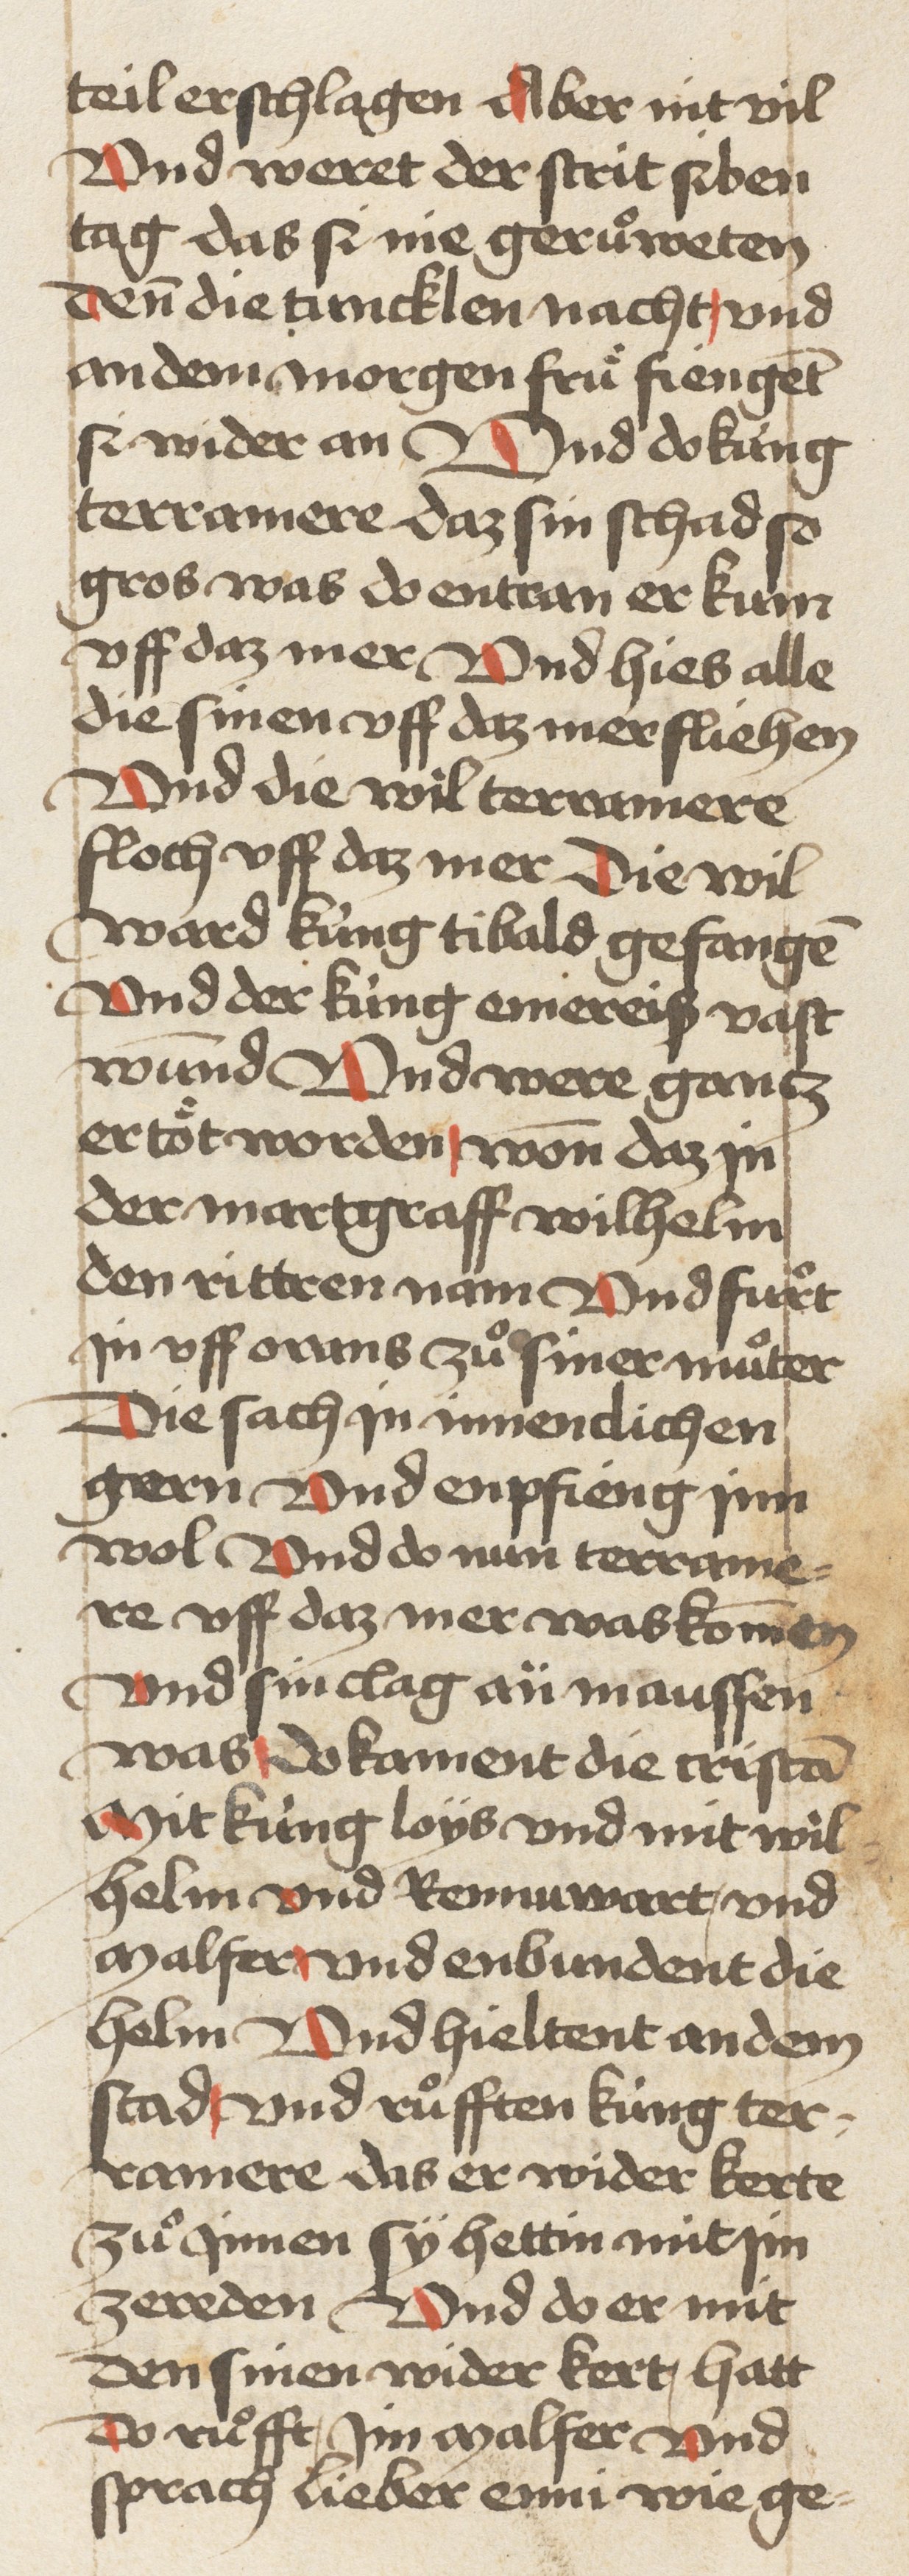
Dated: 1460–1470